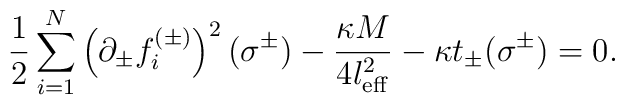
\frac12\sum_{i=1}^N\left(\partial_{\pm} f_i^{(\pm)}\right)^2(\sigma^{\pm})             -\frac{\kappa M}{4 l^2_{\rm eff}} -\kappa t_{\pm}(\sigma^{\pm}) =0.